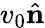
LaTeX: v_{0}\hat{\mathbf n}